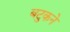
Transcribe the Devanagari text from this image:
बटुकने